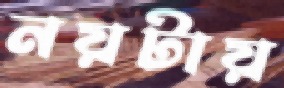
নয়টায়